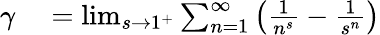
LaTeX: \begin{array}{rl}{\gamma}&{{}=\operatorname*{lim}_{s\to 1^{+}}\sum_{n=1}^{\infty}\left({\frac{1}{n^{s}}}-{\frac{1}{s^{n}}}\right)}\end{array}